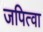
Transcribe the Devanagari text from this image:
जपित्वा